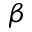
\beta